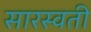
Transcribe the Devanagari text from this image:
सारस्वती